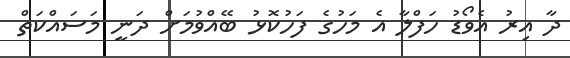
ދާ އިރު އެވޯޑު ހަފްލާ އެ މަހުގެ ފަހުކޮޅު ބޭއްވުމަށް ދަނީ މަސައްކަތް